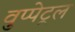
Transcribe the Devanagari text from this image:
वुप्‍पेट्रल